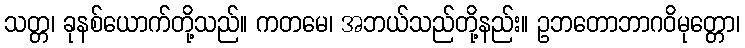
သတ္တ၊ ခုနစ်ယောက်တို့သည်။ ကတမေ၊ အဘယ်သည်တို့နည်း။ ဥဘတောဘာဂဝိမုတ္တော၊